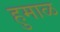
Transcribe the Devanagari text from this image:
हुमाळ